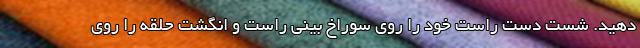
دهید. شست دست راست خود را روی سوراخ بینی راست و انگشت حلقه را روی